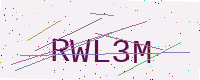
Text: RWL3M